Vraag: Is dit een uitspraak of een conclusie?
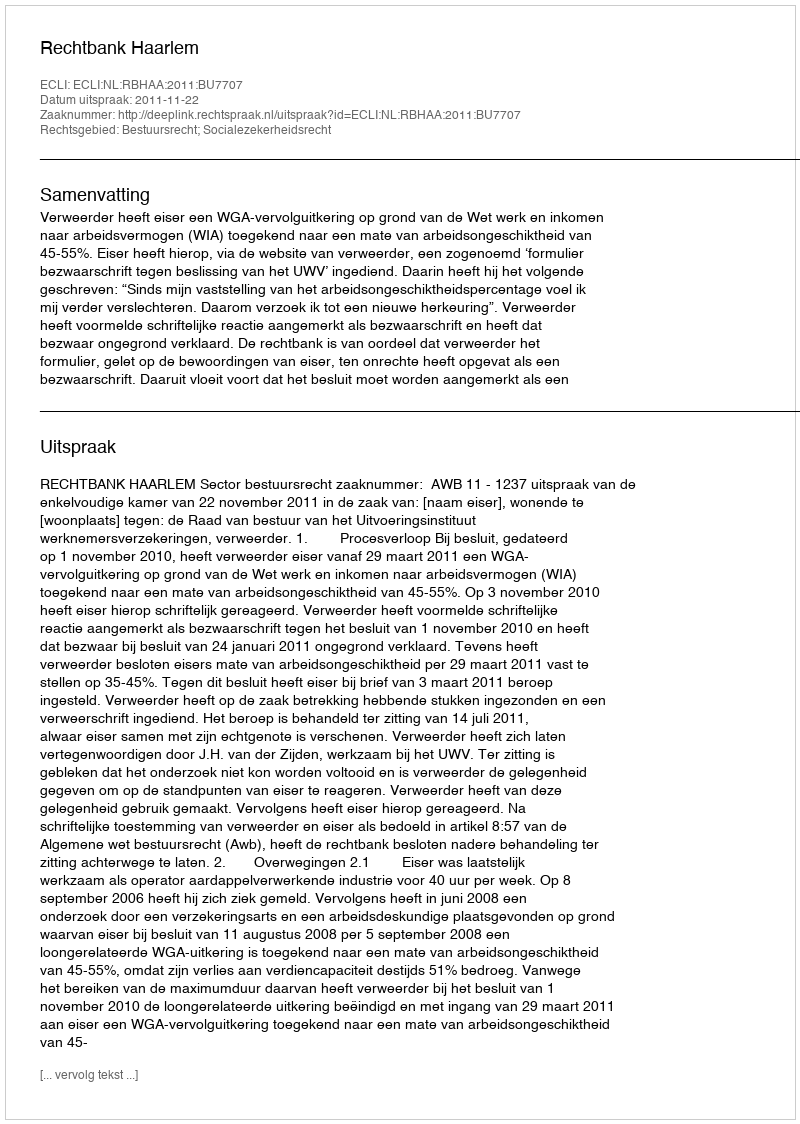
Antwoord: Uitspraak